Lunatic asylums Central Provinces reports 1895-1909 - 1895-1909
Year: 1895
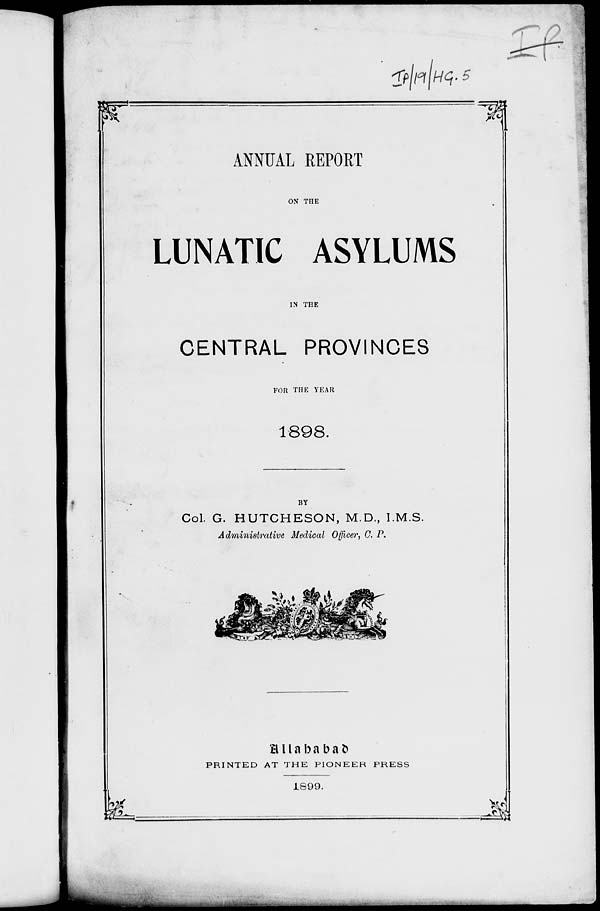
ANNUAL REPORT
ON THE
LUNATIC ASYLUMS
IN THE
CENTRAL PROVINCES
FOR THE YEAR
1898.
BY
Col. G. HUTCHESON, M.D., I.M.S.
Administrative Medical Officer, C. P.
Allahabad
PRINTED AT THE PIONEER
PRESS
1899.